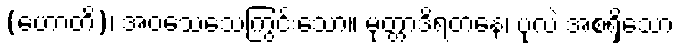
(ဟောတိ)၊ အဝသေသေကြွင်းသော။ မုတ္တာဒိရတနေ၊ ပုလဲ အစရှိသော